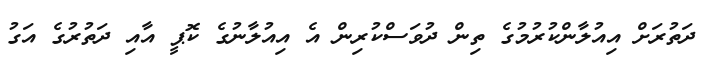
ދަތުރަށް އިއުލާންކުރުމުގެ ތިން ދުވަސްކުރިން އެ އިއުލާނުގެ ކޮޕީ އާއި ދަތުރުގެ އަގު